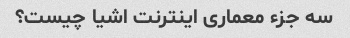
سه جزء معماری اینترنت اشیا چیست؟